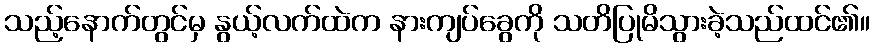
သည့်နောက်တွင်မှ နွယ့်လက်ထဲက နားကျပ်ခွေကို သတိပြုမိသွားခဲ့သည်ထင်၏။